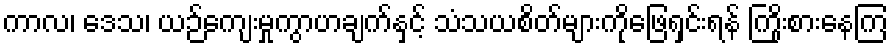
ကာလ၊ ဒေသ၊ ယဉ်ကျေးမှုကွာဟချက်နှင့် သံသယစိတ်များကိုဖြေရှင်းရန် ကြိုးစားနေကြ